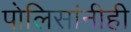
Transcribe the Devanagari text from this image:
पोलिसांनीही